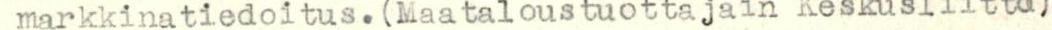
markkinatiedoitus.(Maataloustuottajain Keskusliitto)